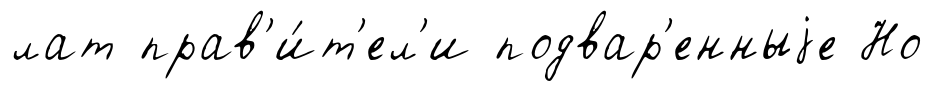
лат прав'и́т'ел'и подвар'енныjе Но